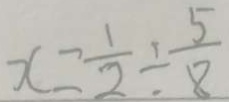
x = \frac { 1 } { 2 } \div \frac { 5 } { 8 }